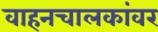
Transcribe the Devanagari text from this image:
वाहनचालकांवर